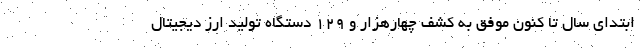
ابتدای سال تا کنون موفق به کشف چهارهزار و ۱۲۹ دستگاه تولید ارز دیجیتال